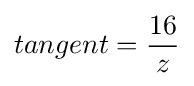
tangent={\frac {16}{z}}